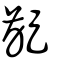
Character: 齪